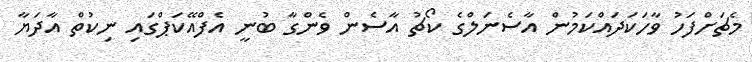
މެޗަށްފަހު ވާހަކަދައްކަމުން އާސެނަލްގެ ކޯޗު އާސެން ވެންގާ ބުނީ އެފްއޭކަޕްގައި ނިކުތް އާދަޔާ